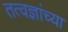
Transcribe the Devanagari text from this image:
तत्वज्ञांच्या